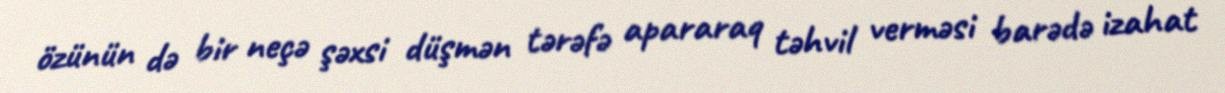
özünün də bir neçə şəxsi düşmən tərəfə apararaq təhvil verməsi barədə izahat